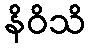
နိဝိသိ